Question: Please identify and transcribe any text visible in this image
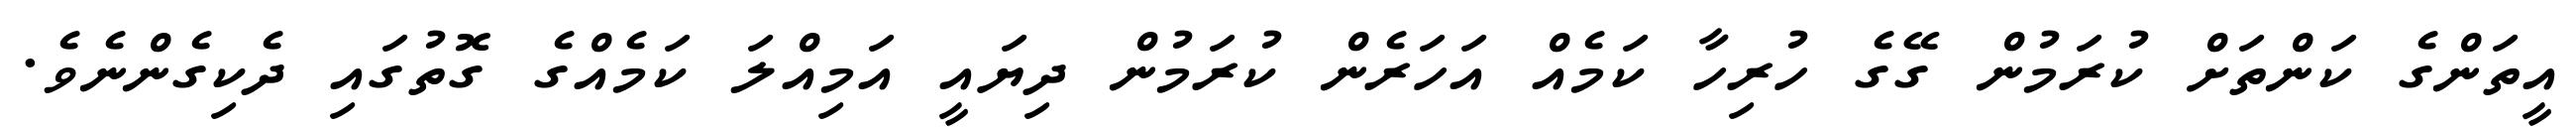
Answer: އީތަންގެ ކަންތަށް ކުރަމުން ގޭގެ ހުރިހާ ކަމެއް އަހަރެން ކުރަމުން ދިޔައީ އަމިއްލަ ކަމެއްގެ ގޮތުގައި ދެކިގެންނެވެ.